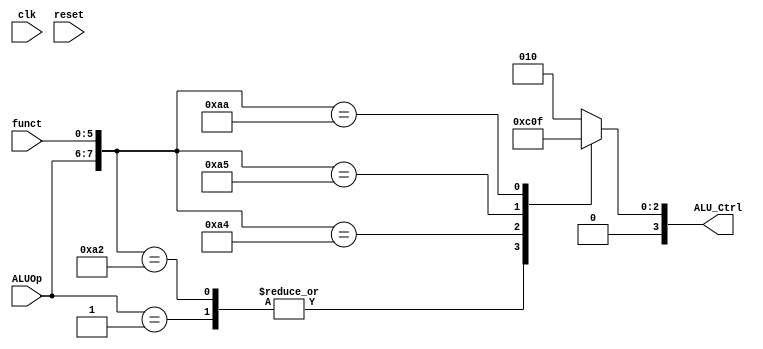
module ALUCtrl(   
    input clk, reset,
    input [1:0] ALUOp,  
    input [5:0] funct,
    output reg[3:0] ALU_Ctrl  
    );
     wire [7:0] ALUCtrl_In;  
     assign ALUCtrl_In = {ALUOp, funct};  
     always @(*)  
         casex (ALUCtrl_In)  
              8'b00xxxxxx: ALU_Ctrl=4'b0010; // lw/sw  
              8'b01xxxxxx: ALU_Ctrl=4'b0110; // Branch 
              8'b11xxxxxx: ALU_Ctrl=4'b0010; // ADDI 
              8'b10100000: ALU_Ctrl=4'b0010; // ADD 
              8'b10100010: ALU_Ctrl=4'b0110; // SUB  
              8'b10100100: ALU_Ctrl=4'b0000; // AND
              8'b10100101: ALU_Ctrl=4'b0001; // OR
              8'b10101010: ALU_Ctrl=4'b0111; // SLT
              default: ALU_Ctrl=4'b0010;  
          endcase  
 endmodule  

module JR_Ctrl( // Jump Register Control
    input clk, reset,
    input[1:0] ALUOp, 
    input [3:0] funct,
    output reg JRCtrl
    );
    always @(*) 
        JRCtrl = ({ALUOp, funct}==8'b00001000) ? 1'b1 : 1'b0;
     
 endmodule